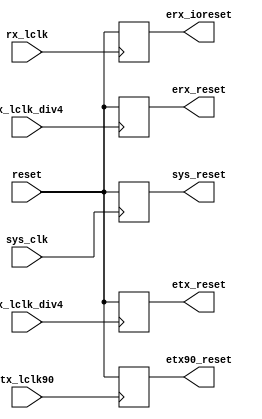
module ereset (/*AUTOARG*/
   // Outputs
   etx_reset, erx_reset, sys_reset,etx90_reset,erx_ioreset,
   // Inputs
   reset, sys_clk, tx_lclk_div4, rx_lclk_div4,tx_lclk90,rx_lclk
   );

   // reset inputs
   input   reset;           // POR | ~elink_en (with appropriate delays..)
   
   //synchronization clocks
   input   sys_clk;        // system clock
   input   tx_lclk_div4;   // slow clock for TX
   input   rx_lclk_div4;   // slow clock for RX
   input   tx_lclk90;
   input   rx_lclk;
      

   //synchronous reset outputs
   output  etx_reset;      // reset for TX slow logic
   output  erx_reset;      // reset for RX slow logic
   output  sys_reset;     // reset for system FIFOs
   output  etx90_reset;
   output  erx_ioreset;
   
   
   reg 	   erx_ioresetb;
   reg 	   erx_resetb;
   reg 	   etx_resetb;
   reg 	   sys_resetb;
   reg 	   etx90_resetb;
   
   
  /* 
   //erx reset synchronizer
   synchronizer sync_erx (.out	 (erx_resetb),
			  .in	 (1'b1),
			  .clk	 (rx_lclk_div4),
			  .reset (reset)
			  );

   //etx reset synchronizer
   synchronizer sync_etx (.out	 (etx_resetb),
			  .in	 (1'b1),
			  .clk	 (tx_lclk_div4),
			  .reset (reset)
			  );

   //system reset synchronizer
    synchronizer sync_sys (.out	 (sys_resetb),
			  .in	 (1'b1),
			  .clk	 (sys_clk),
			  .reset (reset)
			   );
*/

   always @ (posedge rx_lclk_div4)
     erx_resetb <= reset;

   always @ (posedge tx_lclk_div4)
     etx_resetb <= reset;
   
   always @ (posedge sys_clk)
     sys_resetb <= reset;

   always @ (posedge tx_lclk90)
     etx90_resetb <= reset;
   
   always @ (posedge rx_lclk)
     erx_ioresetb <= reset;

   assign erx_ioreset =erx_ioresetb;
   assign etx_reset =etx_resetb;
   assign erx_reset =erx_resetb;
   assign sys_reset =sys_resetb;
   assign etx90_reset =etx90_resetb;
   
   
endmodule